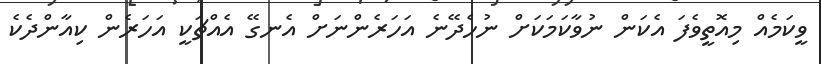
ވީކަމެއް މިއޮތީވެފަ އެކަން ނުވާކަމަކަށް ނުހެދޭނެ އަހަރެންނަށް އެނގޭ އެއްޗަކީ އަހަރެން ކިއާންދެކެ